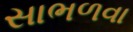
સાભળવા